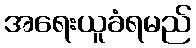
အရေးယူခံရမည်